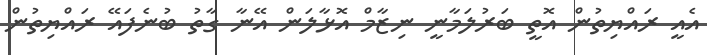
އެއީ ރައްޔިތުން އޮތީ ބަރުލަމާނީ ނިޒާމް އޮޅާލަން އޭނާ ގާތު ބުނެފައޭ ރައްޔިތުން